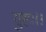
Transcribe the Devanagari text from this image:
गुहः।।